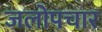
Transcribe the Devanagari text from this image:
जलोपचार